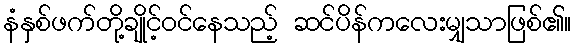
နံနှစ်ဖက်တို့ချိုင့်ဝင်နေသည့် ဆင်ပိန်ကလေးမျှသာဖြစ်၏။